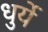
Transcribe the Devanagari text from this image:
धुर्ये